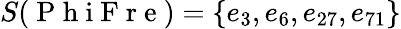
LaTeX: S(\mathrm{~P~h~i~F~r~e~})=\{ e_{3},e_{6},e_{27},e_{71}\}